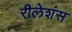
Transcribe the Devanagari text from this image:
रीलेशंस